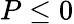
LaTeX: P\leq 0